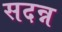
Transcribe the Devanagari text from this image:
सदन्न